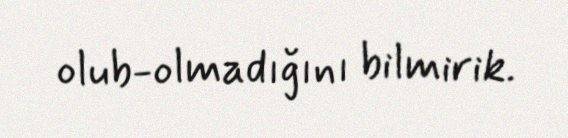
olub-olmadığını bilmirik.